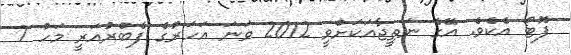
ފޮޓޯ އެކެވެ. އޭގެ ނަތީޖާއަކަށްވީ 2012 ވަނަ އަހަރުގެ ފެބްރުއަރީ މަހު 7